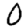
Digit: 0